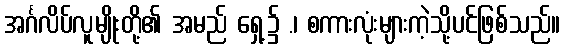
အင်္ဂလိပ်လူမျိုးတို့၏ အမည် ရှေ့၌ .၊ စကားလုံးများကဲ့သို့ပင်ဖြစ်သည်။